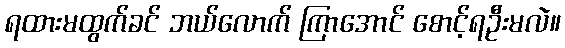
ရထားမထွက်ခင် ဘယ်လောက် ကြာအောင် စောင့်ရဦးမလဲ။